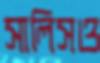
সালিসও